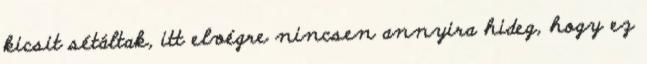
kicsit sétáltak, itt elvégre nincsen annyira hideg, hogy ez